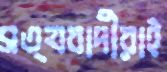
সত্যবাদীরাই